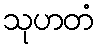
သုဟတံ